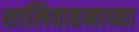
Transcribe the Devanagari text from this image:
शालिवाहनाच्या